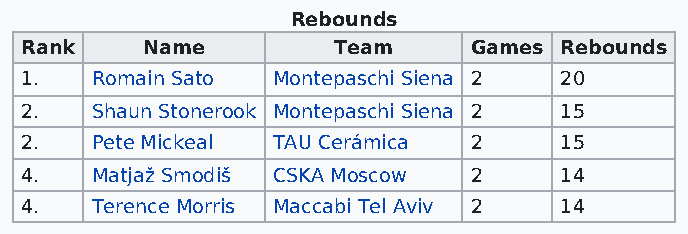
Rebounds
 Rank    Name         Team     Games Rebounds
 1.   Romain Sato Montepaschi Siena 2 20
 2.   Shaun Stonerook Montepaschi Siena 2 15
 2.   Pete Mickeal TAU Cerámica 2    15
 4.   Matjaž Smodiš CSKA Moscow 2    14
 4.   Terence Morris Maccabi Tel Aviv 2 14